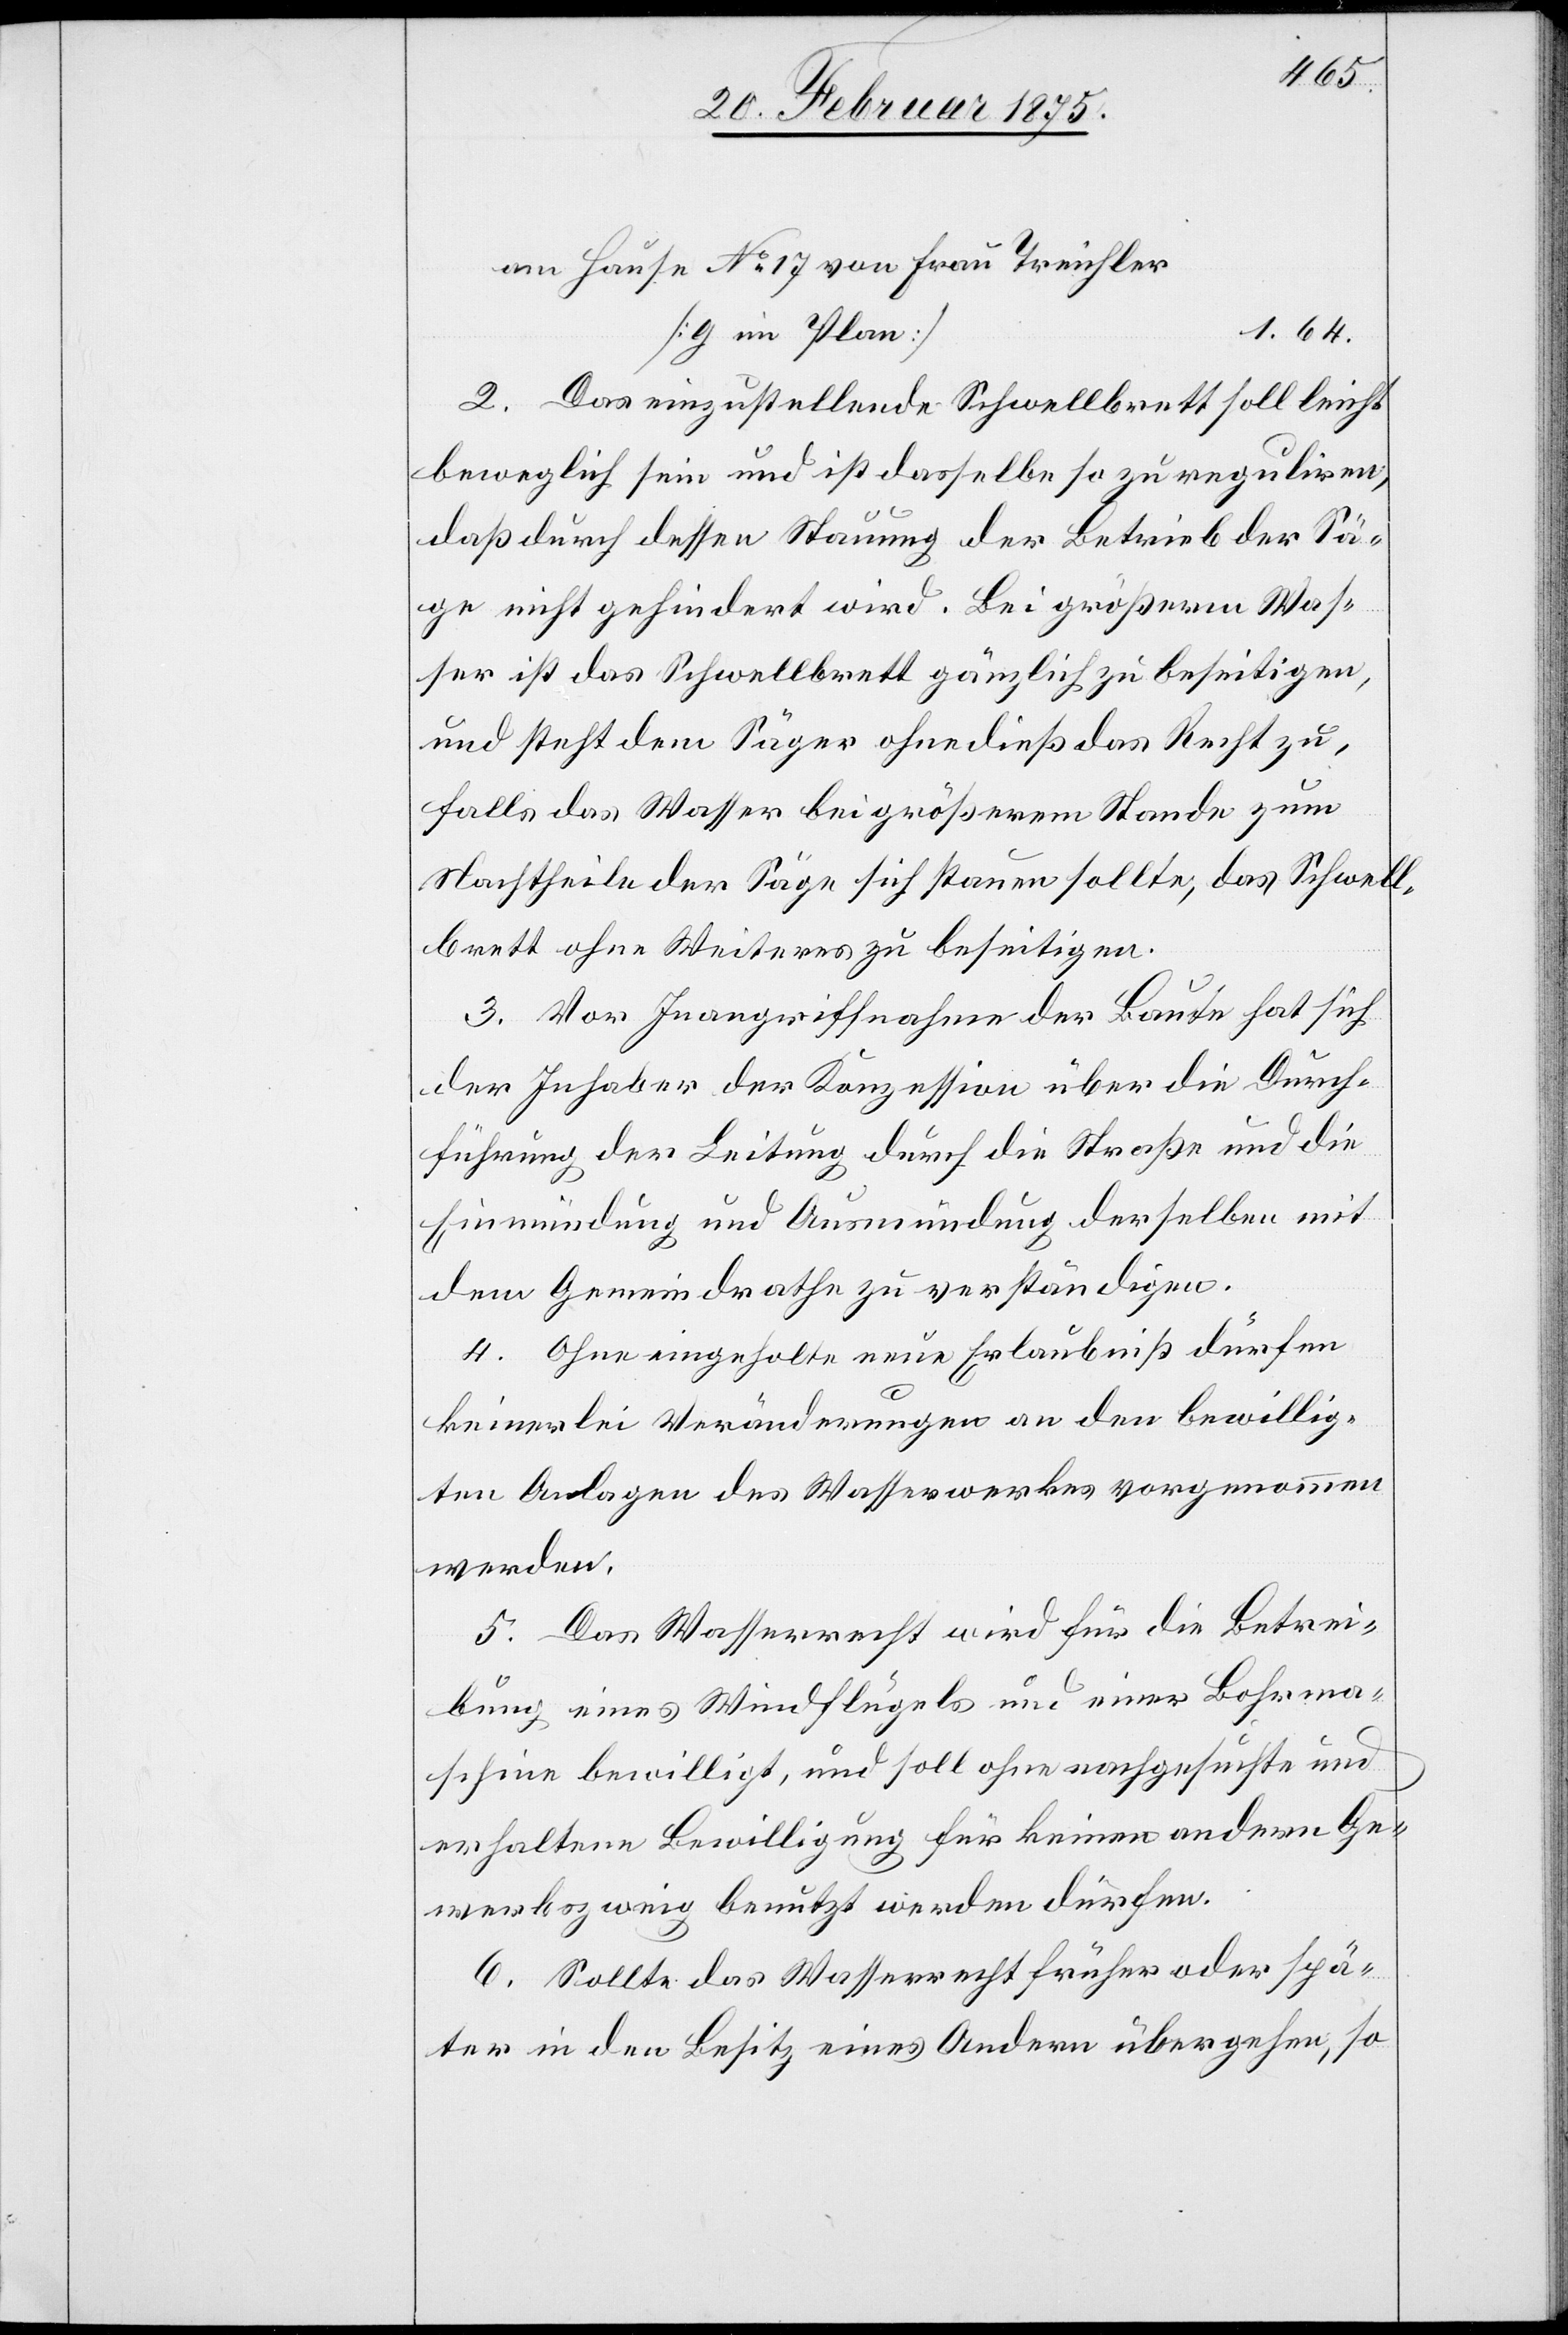
am Hause No 17 von Frau Treichler
1. 64.
[g im Plan]
2. Das einzustellende Schwellbrett soll leicht
beweglich sein und ist dasselbe so zu reguliren,
daß durch dessen Stauung der Betrieb der Sä¬
ge nicht gehindert wird. Bei größerm Was¬
ser ist das Schwellbrett gänzlich zu beseitigen,
und steht dem Säger ohne dieß das Recht zu,
falls das Wasser bei größerem Stande zum
Nachtheile der Säge sich stauen sollte, das Schwell¬
brett ohne Weiteres zu beseitigen.
3. Vor Inangriffnahme der Baute hat sich
der Inhaber der Konzession über die Durch¬
führung der Leitung durch die Straße und die
Einmündung und Ausmündung derselben mit
dem Gemeindrathe zu verständigen.
4. Ohne eingeholte neue Erlaubniß dürfen
keinerlei Veränderungen an den bewillig¬
ten Anlagen des Wasserwerkes vorgenommen
werden.
5. Das Wasserrecht wird für die Betrei¬
bung eines Windflügels und einer Bohrma¬
schine bewilligt, und soll ohne nachgesuchte und
erhaltene Bewilligung für keinen andern Ge¬
werbszweig benutzt werden dürfen.
6. Sollte das Wasserrecht früher oder spä¬
ter in den Besitz eines Andern übergehen, so